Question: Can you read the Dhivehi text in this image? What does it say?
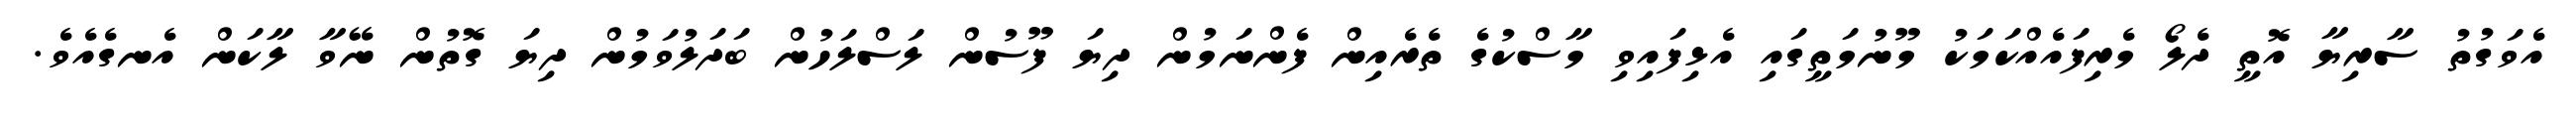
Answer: އެވަގުތު ސާރިޔާ އޮތީ ދެލޯ މެރިފައެއްކަމަކު މޫނުމަތީގައި އެޅިފައިވި މާސްކުގެ ތެރެއިން ފެންނަމުން ދިޔަ ފޫސުން ލަސްލަހުން ބަދަލުވަމުން ދިޔަ ގޮތުން ނޭވާ ލާކަން އެނގެއެވެ.